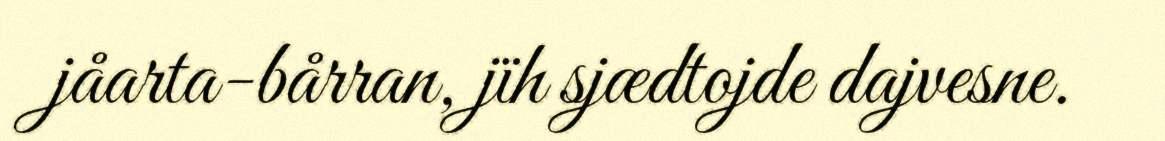
jåarta-bårran, jïh sjædtojde dajvesne.